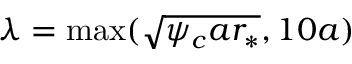
\lambda = \operatorname* { m a x } ( \sqrt { \psi _ { c } a r _ { * } } , 1 0 a )